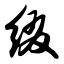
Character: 缀